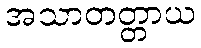
အသာတတ္တာယ